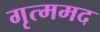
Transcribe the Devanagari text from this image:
गृत्ममद